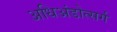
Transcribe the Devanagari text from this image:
अधिअंडोत्सर्ग